Vaccination in Bombay 1874-1876 - 1874-1876
Year: 1874
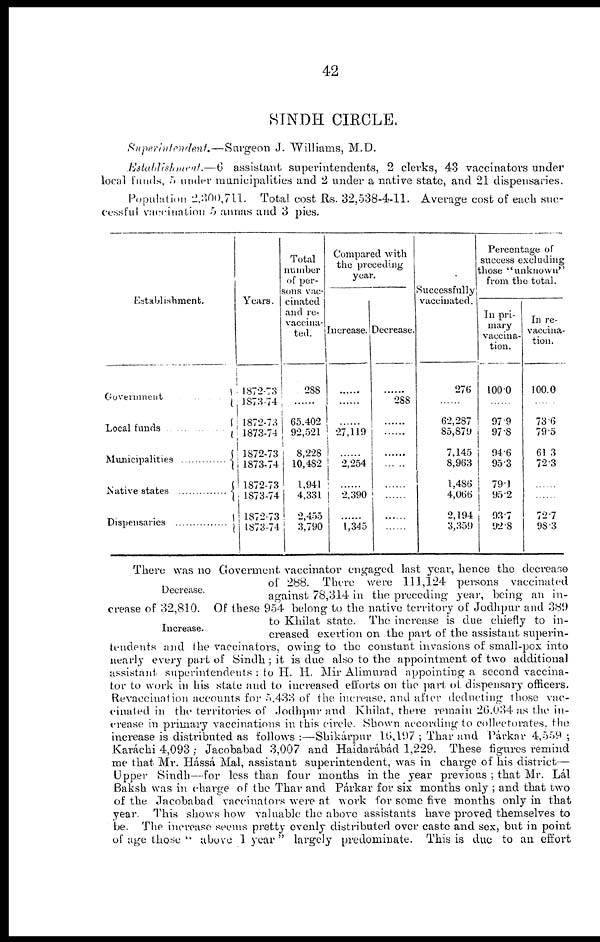
42
SINDH CIRCLE.
Superintedent.—Surgeon
J. Williams, M.D.
Establishment.—6 assistant superintendents, 2 clerks, 43 vaccinators under
local funds, 5 under municipalities and 2 under a native state, and 21 dispensaries.
Population 2,300,711. Total cost Rs. 32,538-4-11. Average cost of each suc-
cessful vaccination 5 annas and 3 pies.
Establishment.
Government
Local funds
Municipalities
Native states
Dispensaries..................
Years.
1872-73
1873-74
1872-73
1873-74
1872-73
1873-74
1872-73
1873-74
1872-73
1873-74
Total
number
of per-
sons vac-
cinated
and re-
vaccina-
ted.
288
......
65.402
92,521
8,228
10,482
1,941
4,331
2,455
3,790
Compared with
the preceding
year.
Increase.
......
......
......
27,119
......
2,254
......
2,390
......
1,345
Decrease.
......
288
......
......
......
......
......
......
......
......
Successfully
vaccinated.
276
......
62,287
85,879
7,145
8,963
1,486
4,066
2,194
3,359
Percentage of
success excluding
those "unknown"
from the total.
In pri-
mary
vaccina-
tion.
100.0
......
97.9
97.8
94.6
95.3
79.1
95.2
93.7
92.8
In re-
vaccina-
tion.
100.0
......
73.6
79.5
61.3
72.3
......
......
72.7
98.3
Decrease.
Increase.
There was no Goverment vaccinator engaged last year, hence the decrease
of 288.
Ther e
were 111,124 persons vaccinated
against 78,314 in the preceding year, being- an in-
crease of 32,810. Of these 954 belong to the native territory of Jodhpur and 389
to Khilat state. The increase is due chiefly to in-
creased exertion on the part of the assistant superin-
tendents and the vaccinators, owing to the constant invasions of small-pox into
nearly every part of Sindh ; it is due also to the appointment of two additional
assistant superintendents : to H. H. Mir Alimurad appointing a second vaccina-
tor to work in his state and to increased efforts on the part of dispensary officers.
Revaccination accounts for 5,433 of the increase, and after deducting those vac-
cinated in the territories of Jodhpur and Khilat, there remain 26,034 as the in-
crease in primary vaccinations in this circle. Shown according to collectorates, the
increase is distributed as follows :—Shikárpur 16,197 ; Thar and Párkar 4,559 ;
Karáchi 4,093 ; Jacobabad 3,007 and Haidarábád 1,229. These figures remind
me that Mr. Hássá Mal, assistant superintendent, was in charge of his district—
Upper Sindh—for less than four months in the year previous ; that Mr. Lál
Baksh was in charge of the Thar and Párkar for six months only ; and that two
of the Jacobabad vaccinators were at work for some five months only in that
year. This shows how valuable the above assistants have proved themselves to
be. The increase seems pretty evenly distributed over caste and sex, but in point
of age those " above 1 year " largely predominate. This is due to an effort